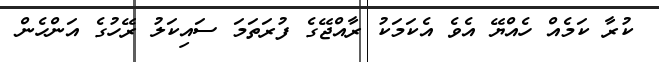
ކުރާ ކަމެއް ހެއްޔޭ އެވެ އެކަމަކު ރާއްޖޭގެ ފުރަތަމަ ސައިކަލު ރޭހުގެ އަންހެން